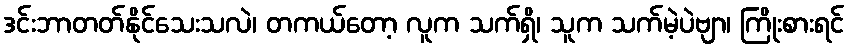
ဒင်းဘာတတ်နိုင်သေးသလဲ၊ တကယ်တော့ လူက သက်ရှိ၊ သူက သက်မဲ့ပဲဗျာ၊ ကြိုးစားရင်